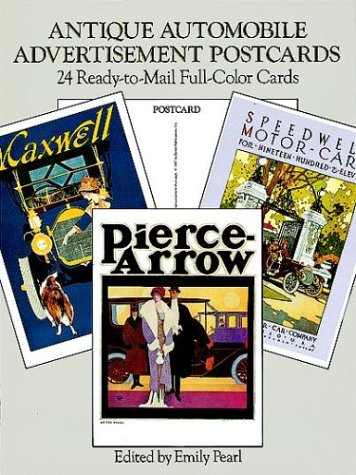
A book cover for Antique Automobile Advertisement Postcards: 24 Ready-to-Mail Full-Color Cards (Card Books); Emily Pearl; Crafts, Hobbies & Home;